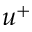
u ^ { + }